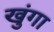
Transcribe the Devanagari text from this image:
खुंगा